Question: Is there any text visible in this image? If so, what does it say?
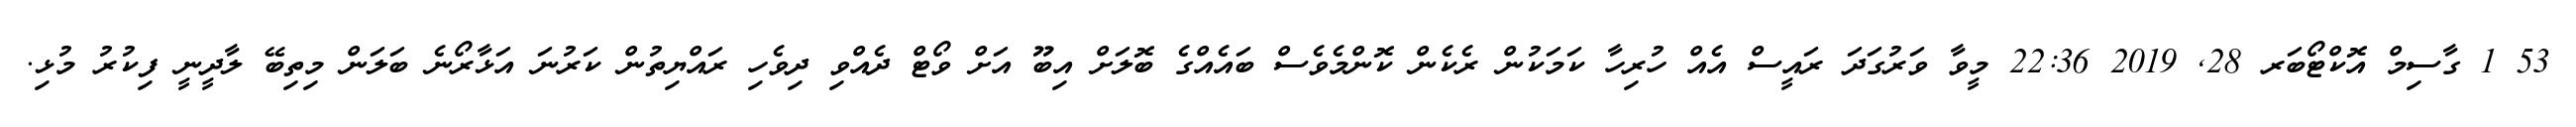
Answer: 53 1 ގާސިމް އޮކްޓޯބަރ 28, 2019 22:36 މީވާ ވަރުގަދަ ރައީސް އެއް ހުރިހާ ކަމަކުން ރެކެން ކޮންމެވެސް ބައެއްގެ ބޮލަށް އިބޫ އަށް ވޯޓް ދެއްވި ދިވެހި ރައްޔިތުން ކަރުނަ އަޅާރޯނެ ބަލަން މިތިބޭ ލާދީނީ ފިކުރު މުޅި.